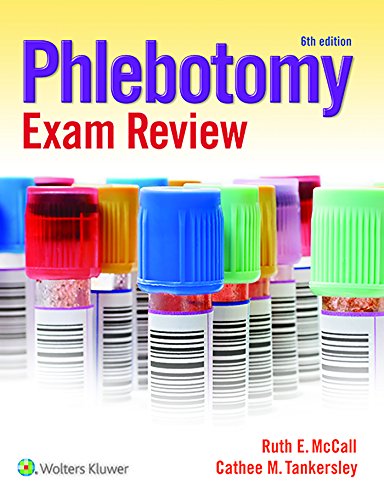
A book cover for Phlebotomy Exam Review; Ruth McCall; Medical Books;